Medical and sanitary report of the native army of Bengal for the year
Year: 1875
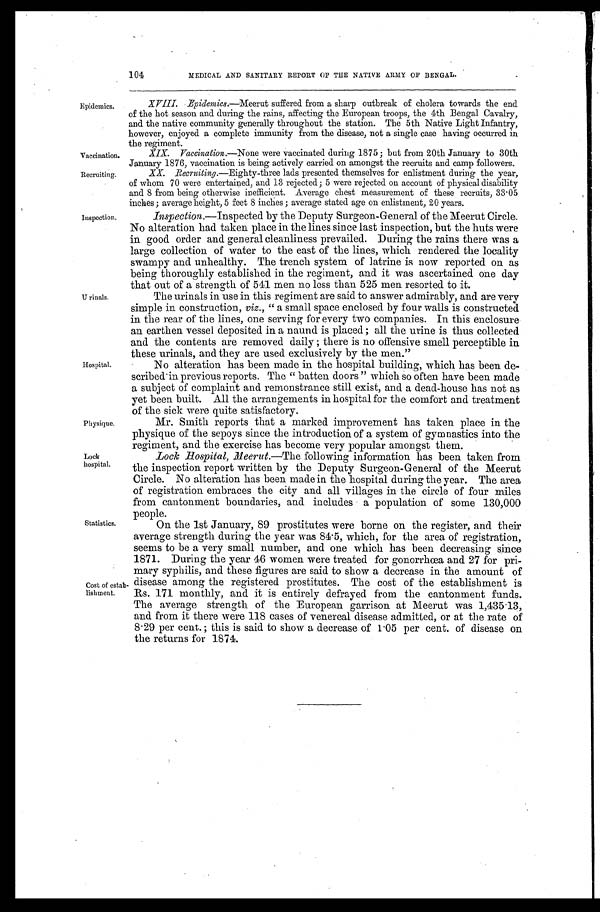
Vaccination.
Recruiting.
104
MEDICAL AND SANITARY REPORT OP THE NATIVE ARMY OF BENGAL.
Epidemics.
Inspection.
Urinals.
Hospital.
Physique.
Lock
hospital.
Statistics.
Cost of estab
-lishment.
XVIII. Epidemics.—Meerut suffered from a sharp outbreak of cholera towards the end
of the hot season and during the rains, affecting the European troops, the 4th Bengal Cavalry,
and the native community generally throughout the station. The 5th Native Light Infantry,
however, enjoyed a complete immunity from the disease, not a single case having occurred in
the regiment.
XIX. Vaccination.—None were vaccinated during 1875; but from 20th January to 30th
January 1876, vaccination is being actively carried on amongst the recruits and camp followers.
XX
Recruiting.—Eighty-three lads presented themselves for enlistment during the year,
of whom 70 were entertained, and 13 rejected; 5 were rejected on account of physical disability
and 8 from being otherwise inefficient. Average chest measurement of these recruits, 33.05
inches; average height, 5 feet 8 inches ; average stated age on enlistment, 20 years.
Inspection .—Inspected by the Deputy Surgeon-General of the Meerut Circle.
No alteration had taken place in the lines since last inspection, but the huts were
in good order and general cleanliness prevailed. During the rains there was a
large collection of water to the east of the lines, which rendered the locality
swampy and unhealthy. The trench system of latrine is now reported on as
being thoroughly established in the regiment, and it was ascertained one day
that out of a strength of 541 men no less than 525 men resorted to it.
The urinals in use in this regiment are said to answer admirably, and are very
simple in construction, viz., " a small space enclosed by four walls is constructed
in the rear of the lines, one serving for every two companies. In this enclosure
an earthen vessel deposited in a naund is placed; all the urine is thus collected
and the contents are removed daily; there is no offensive smell perceptible in
these urinals, and they are used exclusively by the men."
No alteration has been made in the hospital building, which has been de
-scribed in previous reports. The "batten doors" which so often have been made
a subject of complaint and remonstrance still exist, and a dead-house has not as
yet been built. All the arrangements in hospital for the comfort and treatment
of the sick were quite satisfactory.
Mr. Smith reports that a marked improvement has taken place in the
physique of the sepoys since the introduction of a system of gymnastics into the
regiment, and the exercise has become very popular amongst them.
Lock hospital, Meerut.—The following information has been taken from
the inspection report written by the Deputy Surgeon-General of the Meerut
Circle. No alteration has been made in the hospital during the year. The area
of registration embraces the city and all villages in the circle of four miles
from cantonment boundaries, and includes a population of some 130,000
people.
On the 1st January, 89 prostitutes were borne on the register, and their
average strength during the year was 84.5, which, for the area of registration,
seems to be a very small number, and one which has been decreasing since
1871. During the year 46 women were treated for gonorrhœa and 27 for pri
-mary syphilis, and these figures are said to show a decrease in the amount of
disease among the registered prostitutes. The cost of the establishment is
Rs. 171 monthly, and it is entirely defrayed from the cantonment funds.
The average strength of the European garrison at Meerut was 1,435.13,
and from it there were 118 cases of venereal disease admitted, or at the rate of
8.29 per cent.; this is said to show a decrease of 1.05 per cent. of disease on
the returns for 1874.